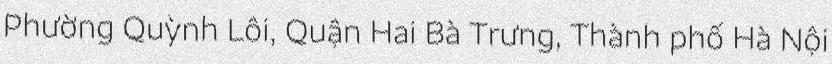
Phường Quỳnh Lôi, Quận Hai Bà Trưng, Thành phố Hà Nội